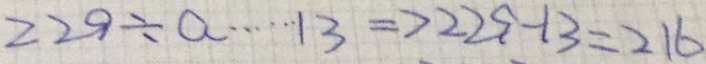
2 2 9 \div a \cdots 1 3 \Rightarrow 2 2 9 - 1 3 = 2 1 6